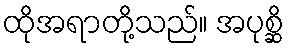
ထိုအရာတို့သည်။ အပုစ္ဆိ